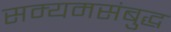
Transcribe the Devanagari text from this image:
सम्यमसंबुद्ध